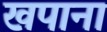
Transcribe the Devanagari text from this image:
खपाना